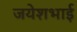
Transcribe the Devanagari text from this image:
जयेशभाई